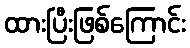
ထားပြီးဖြစ်ကြောင်း